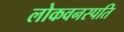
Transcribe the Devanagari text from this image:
लोकवनस्पति